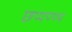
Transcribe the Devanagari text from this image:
छप्पण्ण्य